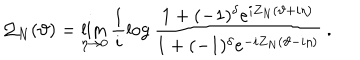
{ \cal Q } _ { N } ( \vartheta ) = \mathop { \lim } _ { \eta \rightarrow 0 } \frac { 1 } { i } \log \frac { 1 + ( - 1 ) ^ { \delta } e ^ { i Z _ { N } ( \vartheta + i \eta ) } } { 1 + ( - 1 ) ^ { \delta } e ^ { - i Z _ { N } ( \vartheta - i \eta ) } } \: .